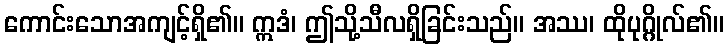
ကောင်းသောအကျင့်ရှိ၏။ ဣဒံ၊ ဤသို့သီလရှိခြင်းသည်။ အဿ၊ ထိုပုဂ္ဂိုလ်၏။